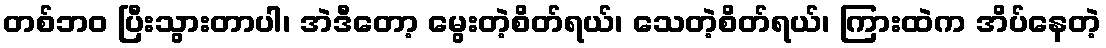
တစ်ဘဝ ပြီးသွားတာပါ၊ အဲဒီတော့ မွေးတဲ့စိတ်ရယ်၊ သေတဲ့စိတ်ရယ်၊ ကြားထဲက အိပ်နေတဲ့